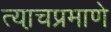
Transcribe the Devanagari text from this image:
त्या़चप्रमाणे